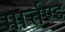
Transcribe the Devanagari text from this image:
मार्त्तण्ड